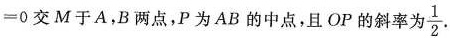
=0交M于A，B两点，P为AB的中点，且OP的斜率为 \frac{1}{2}.